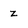
Character: z